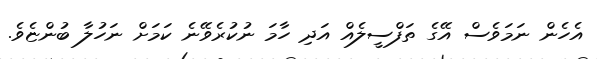
އެހެން ނަމަވެސް އޭގެ ތަފްސީލެއް އަދި ހާމަ ނުކުރެވޭނެ ކަމަށް ނަހުލާ ބުންޏެވެ.